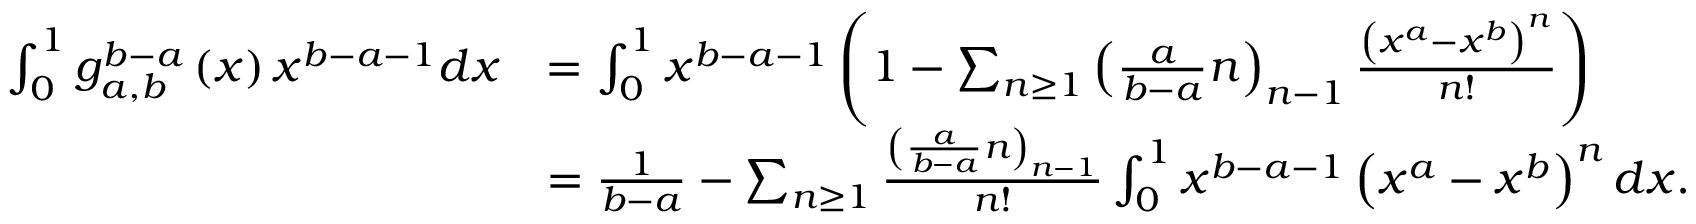
\begin{array} { r l } { \int _ { 0 } ^ { 1 } g _ { a , b } ^ { b - a } \left( x \right) x ^ { b - a - 1 } d x } & { = \int _ { 0 } ^ { 1 } x ^ { b - a - 1 } \left( 1 - \sum _ { n \ge 1 } \left( \frac { a } { b - a } n \right) _ { n - 1 } \frac { \left( x ^ { a } - x ^ { b } \right) ^ { n } } { n ! } \right) } \\ & { = \frac { 1 } { b - a } - \sum _ { n \ge 1 } \frac { \left( \frac { a } { b - a } n \right) _ { n - 1 } } { n ! } \int _ { 0 } ^ { 1 } x ^ { b - a - 1 } \left( x ^ { a } - x ^ { b } \right) ^ { n } d x . } \end{array}